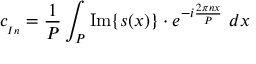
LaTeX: c _ { _ { I n } } = { \frac { 1 } { P } } \int _ { P } \operatorname { I m } \{ s ( x ) \} \cdot e ^ { - i { \frac { 2 \pi n x } { P } } } \ d x